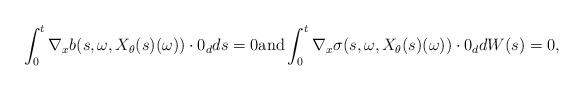
LaTeX: \begin{align*}\int_0^t \nabla_x b(s, \omega, X_\theta(s)(\omega)) \cdot 0_d ds = 0 \mbox{and} \int_0^t \nabla_x \sigma(s, \omega, X_\theta(s)(\omega)) \cdot 0_d dW(s) = 0, \end{align*}